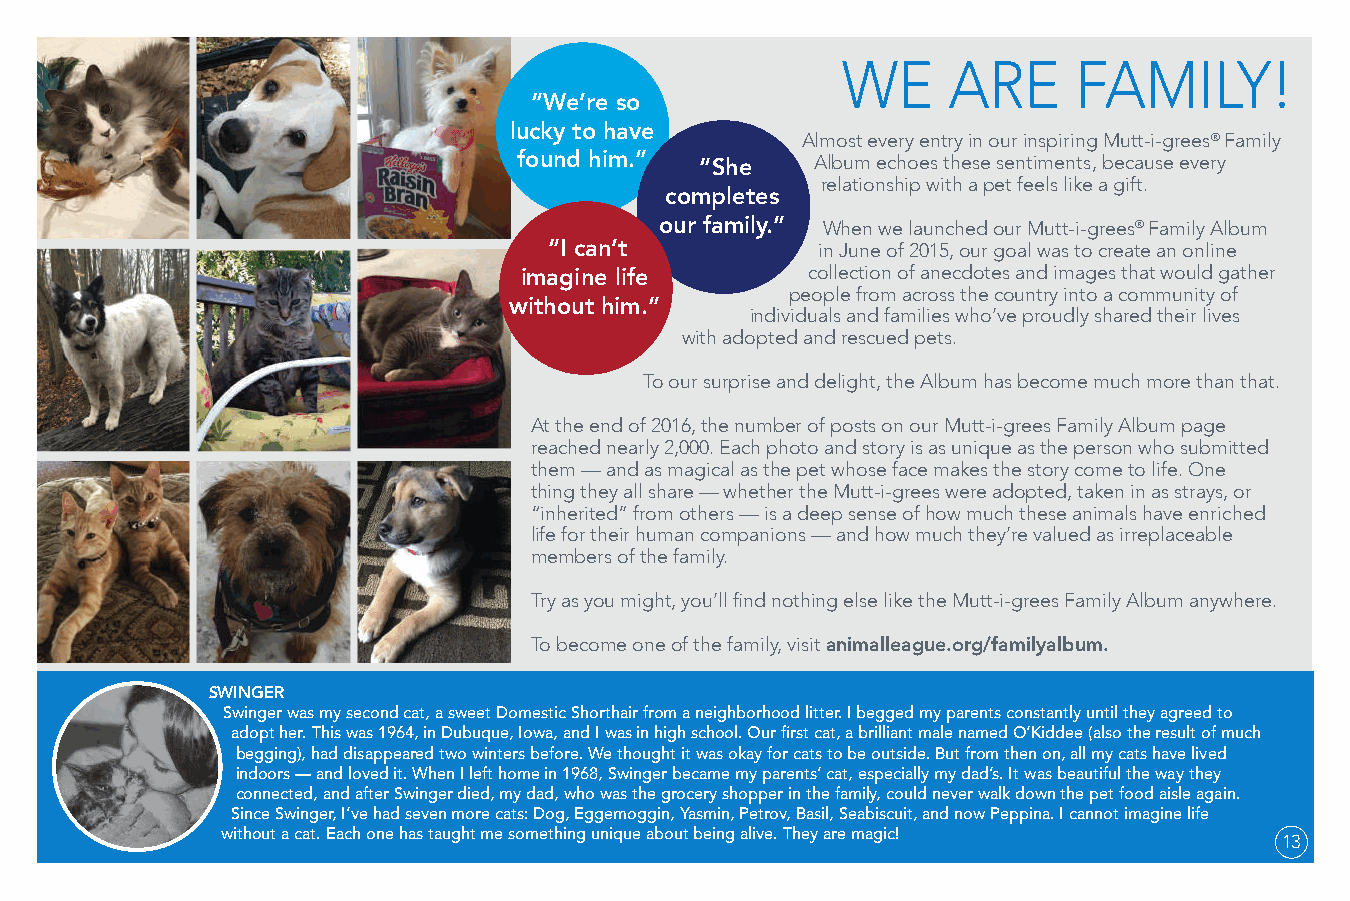
WE     ARE     FAMILY!
 “We’re so
 lucky to have
 Almost every entry in our inspiring Mutt-i-grees® Family
 found him.”         Album echoes these sentiments, because every
 “She
 relationship with a pet feels like a gift.
 completes
 our family.” When we launched our Mutt-i-grees® Family Album
 “I can’t          in June of 2015, our goal was to create an online
 collection of anecdotes and images that would gather
 imagine life
 people from across the country into a community of
 without him.”
 individuals and families who’ve proudly shared their lives
 with adopted and rescued pets.
 To our surprise and delight, the Album has become much more than that.
 At the end of 2016, the number of posts on our Mutt-i-grees Family Album page
 reached nearly 2,000. Each photo and story is as unique as the person who submitted
 them — and as magical as the pet whose face makes the story come to life. One
 thing they all share — whether the Mutt-i-grees were adopted, taken in as strays, or
 “inherited” from others — is a deep sense of how much these animals have enriched
 life for their human companions — and how much they’re valued as irreplaceable
 members of the family.
 Try as you might, you’ll find nothing else like the Mutt-i-grees Family Album anywhere.
 To become one of the family, visit animalleague.org/familyalbum.
 SWINGER
 Swinger was my second cat, a sweet Domestic Shorthair from a neighborhood litter. I begged my parents constantly until they agreed to
 adopt her. This was 1964, in Dubuque, Iowa, and I was in high school. Our first cat, a brilliant male named O’Kiddee (also the result of much
 begging), had disappeared two winters before. We thought it was okay for cats to be outside. But from then on, all my cats have lived
 indoors — and loved it. When I left home in 1968, Swinger became my parents’ cat, especially my dad’s. It was beautiful the way they
 connected, and after Swinger died, my dad, who was the grocery shopper in the family, could never walk down the pet food aisle again.
 Since Swinger, I’ve had seven more cats: Dog, Eggemoggin, Yasmin, Petrov, Basil, Seabiscuit, and now Peppina. I cannot imagine life
 without a cat. Each one has taught me something unique about being alive. They are magic! 13